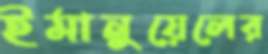
ইমানুয়েলের